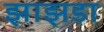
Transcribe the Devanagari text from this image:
झाझडा